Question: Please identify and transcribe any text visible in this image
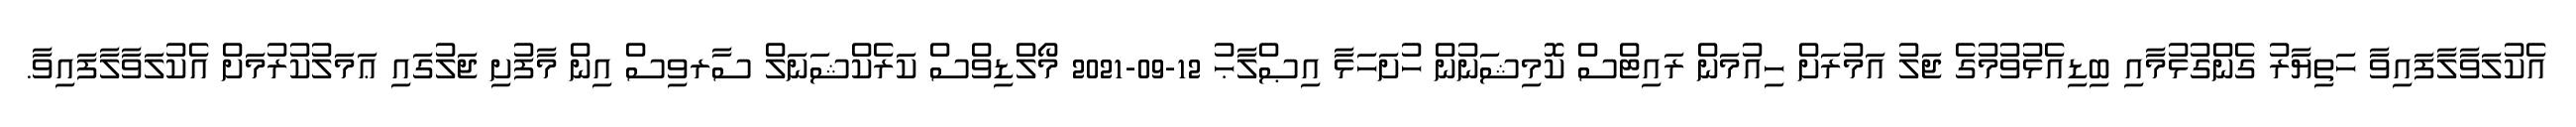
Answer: އެކުލަވާލާފައިވާ ހަތިޔާރު ގެންގުޅުމާއި ބިޑިއެޅުވުމުގެ ޖަލު އަމުރަށް ހިއުމަން ރައިޓްސް ކޮމިޝަނުން ހުށަހަޅާ އިޞްލާޙު 12-09-2021 މޯލްޑިވްސް ކަރެކްޝަނަލް ސާރވިސް އިން މާފުށި ޖަލުގައި ޢަމަލުކުރުމަށް އެކުލަވާލާފައިވާ.